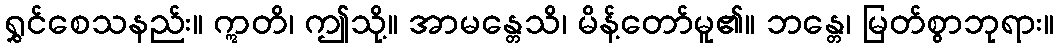
ရွှင်စေသနည်း။ ဣတိ၊ ဤသို့။ အာမန္တေသိ၊ မိန့်တော်မူ၏။ ဘန္တေ၊ မြတ်စွာဘုရား။